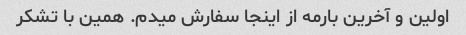
اولین و آخرین بارمه از اینجا سفارش میدم. همین با تشکر